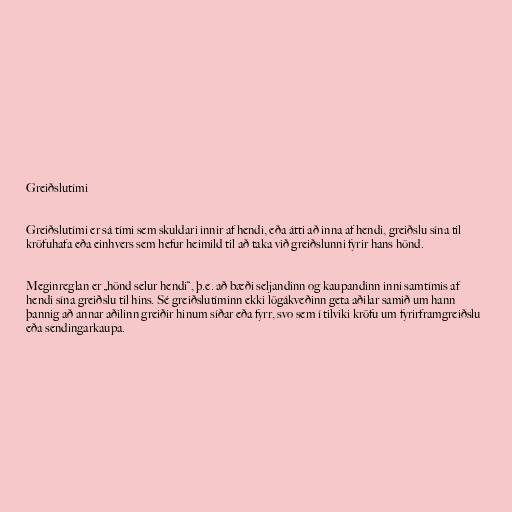
Greiðslutími

Greiðslutími er sá tími sem skuldari innir af hendi, eða átti að inna af hendi, greiðslu sína til
kröfuhafa eða einhvers sem hefur heimild til að taka við greiðslunni fyrir hans hönd.

Meginreglan er „hönd selur hendi“, þ.e. að bæði seljandinn og kaupandinn inni samtímis af
hendi sína greiðslu til hins. Sé greiðslutíminn ekki lögákveðinn geta aðilar samið um hann
þannig að annar aðilinn greiðir hinum síðar eða fyrr, svo sem í tilviki kröfu um fyrirframgreiðslu
eða sendingarkaupa.